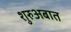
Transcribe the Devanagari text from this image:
शुरुअबात